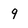
Character: q